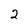
Character: 2